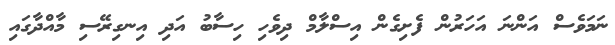
ނަމަވެސް އަންނަ އަހަރުން ފެށިގެން އިސްލާމް ދިވެހި ހިސާބު އަދި އިނގިރޭސި މާއްދާގައި